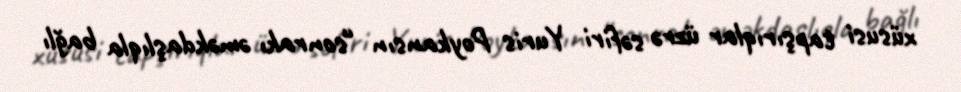
xüsusi tapşırıqlar üzrə səfiri Yuris Poykansın “sonrakı əməkdaşlıqla bağlı